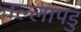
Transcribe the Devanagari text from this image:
नल्‍लापडु